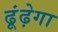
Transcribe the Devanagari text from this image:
ढूंढ़ेगा